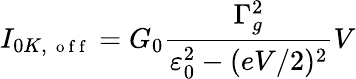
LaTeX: I_{0K,\mathrm{~\small~o~f~f~}}=G_{0}\frac{\Gamma_{g}^{2}}{\varepsilon_{0}^{2}-(eV/2)^{2}}V